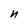
Character: n